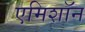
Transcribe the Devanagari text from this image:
एमिशॉन